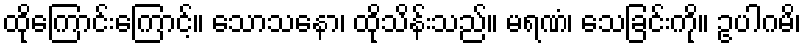
ထိုကြောင်းကြောင့်။ သောသနော၊ ထိုသိန်းသည်။ မရဏံ၊ သေခြင်းကို။ ဥပါဂမိ၊